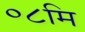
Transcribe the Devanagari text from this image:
०८मि